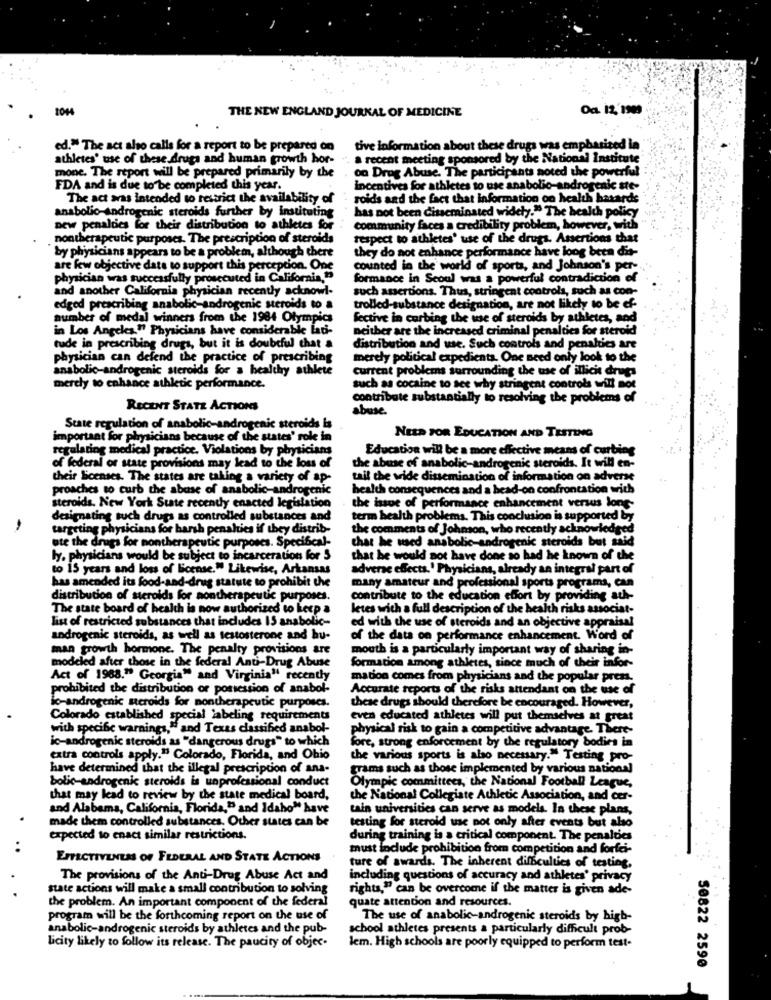
1044
THE NEW ENGLAND JOURNAL OF MEDICINE
Oc. 12, 1993
ed." The act also calls for a report to be prepared on
tive information about these drugs was emphasized la
athletes' use of these drugs and human growth hor-
a recent meeting sponsored by the National Institute
mone. The report will be prepared primarily by the
on Drug Abuse. The participants noted the powerful
FDA and is due to be completed this year.
incentives for athletes to use anabolic-androgenic ste-
The act aras intended to restrict the availability of
roids and the fact that information on health hasards
anabolio-Androgenic steroids further by instituting
has not been disseminated widely." The health policy
new penalties for their distribution to athletes for
community faces a credibility problem, however, with
nontherapeutic purposes. The prescription of steroids
respect to athletes' use of the drugs. Assertions that
physicians appears to be a problem, although there
they do not enhance performance have long been dis-
are kw objective date to support this perception. One
counted in the world of sports, and Johnson's per-
physician was successfully prosecuted in California, b
formance in Seoul was a powerful contradiction of
and another California physician recently acknowl-
such assertions. Thus, stringent controls, such as con-
edged prescribing anabolic-androgenic steroids to a
trolled-substance designation, are not likely to be ef-
number of medal winners from the 1984 Olympics
fective in curbing the use of steroids by athletes, and
in Los Angeles," Physicians have considerable lati-
neither are the increased criminal penalties for steroid
tude in prescribing drugs, but it is doubtful that a
distribution and use. Such controls and penalties are
physician can defend the practice of prescribing
merely political expedients. One Beed only look to the
anabolic-androgenic steroids for a healthy athlete
current problems surrounding the use of illicit drugs
merely to enhance athletic performance.
such as cocaine to see why stringent controls will not
contribute substantially to resolving the problems of
RECENT STATE ACTIONS
abuse.
State regulation of anabolic-androgenic steroids Is
important for physicians because of the states' role in
NEED FOR EDUCATION AND TESTING
regulating medical practice. Violations by physicians
Education will be a more effective means of curbing
of federal or state provisions may lead to the loss of
the abuse of anabolic-androgenic steroids. It will en-
their Licenses. The states are taking a variety of ap-
tail the wide dissemination of information on adverse
proaches to curb the abuse of anabolic-androgenic
health consequences and a head-on confrontation with
steroids. New York State recently enacted legislation
the issue of performance enhancement versus long-
designating such drugs as controlled substances and
term health problems. This conclusion is supported by
targeting physicians for harsh penalties if they distrib-
the comments of Johnson, who recently acknowledged
that he used anabolic-androgenic steroids but said
ate the drugs for nontherapeutic purposes. Specifical-
ly. physicians would be subject to incarceration for 5
that he would not have done so had he known of the
to 15 years and loss of License." Likewise, Arkansas
adverse effects.' Physicians, already an integral part of
has amended its food-and-drug statute to prohibit the
many amateur and professional sports programs, can
distribution of steroids for aontherapeutic purposes.
contribute to the education effort by providing ath-
The state board of health is now authorized to keep a
letes with a full description of the health risks associat-
list of restricted substances that includes 15 anabolic-
ed with the use of steroids and an objective appraisal
androgenic steroids, as well as testosterone and hu-
of the data on performance enhancement. Word of
man growth hormone. The penalty provisions are
mouth is a particularly important way of sharing in-
formation among athletes, since much of their infor-
modeled after those in the federal Anti-Drug Abuse
Act of 1988." Georgia" and Virginia" recently
mation comes from physicians and the popular pres.
prohibited the distribution or possession of anabol-
Accurate reports of the risks attendant on the use of
lo-androgenic steroids for nontherapeutic purposes.
these drugs should therefore be encouraged. However,
Colorado established special labeling requirements
even educated athletes will put themselves at great
with specific warnings, " and Texas classified anabol-
physical risk to gain a competitive advantage. There-
ic-androgenic steroids as "dangerous drugs" to which
fore, strong enforcement by the regulatory bodies in
extra controls apply." Colorado, Florida, and Ohio
the various sports is also necessary." Testing pro-
have determined that the illegal prescription of ana-
grams such as those implemented by various national
bolic-androgenic steroids is unprofessional conduct
Olympic committees, the National Football League,
that may lead to review by the state medical board,
the National Collegiate Athletic Association, and cer-
and Alabama, California, Florida," and Idaho" have
tain universities can serve as models. In these plans,
made them controlled substances. Other states can be
testing for steroid use not only after events but also
expected to enact similar restrictions.
during training is a critical component. The penalties
. .
must include prohibition from competition and forfei-
EFFECTIVENESS OF FEDERAL AND STATE ACTIONS
ture of awards. The inherent difficulties of testing,
The provisions of the Anti-Drug Abuse Act and
including questions of accuracy and athletes' privacy
state actions will make a small contribution to solving
rights," can be overcome if the matter is given ade-
the problem. An important component of the federal
quate attention and resources.
program will be the forthcoming report on the use of
The use of anabolic-androgenic steroids by high-
anabolic-androgenic steroids by athletes and the pub-
school athletes presents a particularly difficult prob-
licity likely to follow its release. The paucity of objec.
lem. High schools are poorly equipped to perform test-
50822 2590